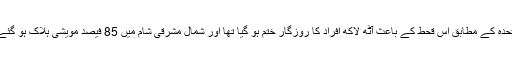
اقوامِ متحدہ کے مطابق اس قحط کے باعث آٹھ لاکھ افراد کا روزگار ختم ہو گیا تھا اور شمال مشرقی شام میں 85 فیصد مویشی ہلاک ہو گئے تھے۔